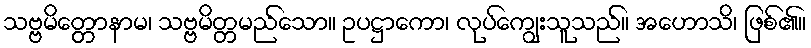
သဗ္ဗမိတ္တောနာမ၊ သဗ္ဗမိတ္တမည်သော။ ဥပဋ္ဌာကော၊ လုပ်ကျွေးသူသည်။ အဟောသိ၊ ဖြစ်၏။